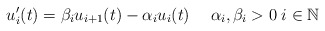
\begin{align*}u_i'(t)=\beta_iu_{i+1}(t)-\alpha_i u_i(t) \quad\; \alpha_i,\beta_i>0\; i\in\mathbb{N}\end{align*}